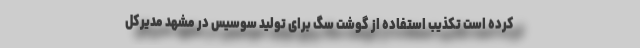
کرده است تکذیب استفاده از گوشت سگ برای تولید سوسیس در مشهد مدیرکل